Vaccine operations Central Provinces & Berar 1922-1929 - 1922-1929
Year: 1922
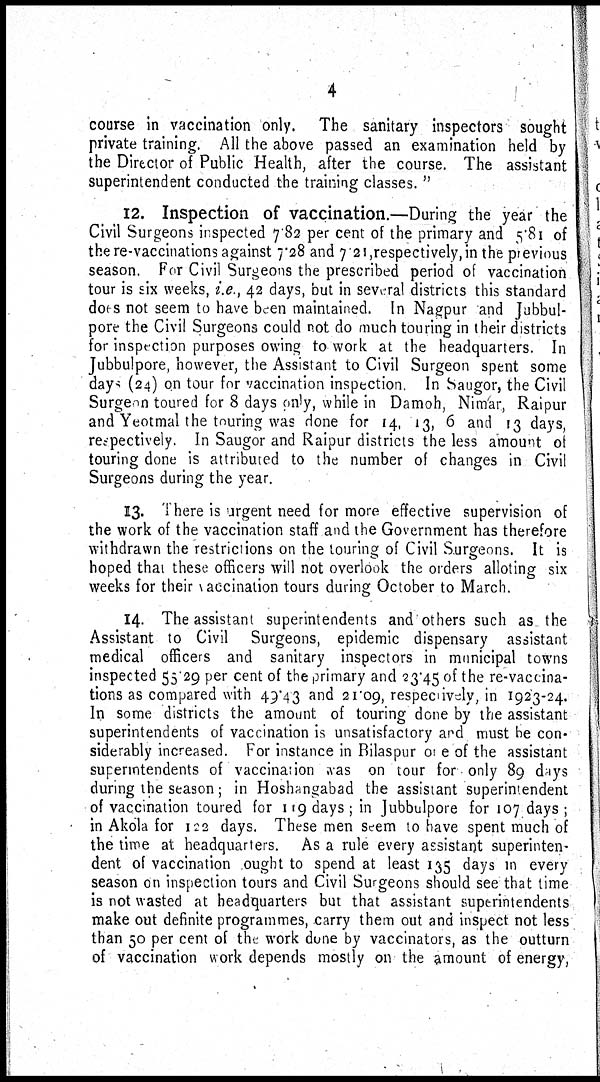
4
course in vaccination only. The sanitary inspectors sought
private training. All the above passed an examination held by
the Director of Public Health, after the course. The assistant
superintendent conducted the training classes."
12. Inspection of vaccination.—During the year the
Civil Surgeons inspected 7.82 per cent of the primary and 5.81 of
the re-vaccinations against 7.28 and 7.21,respectively, in the previous
season. For Civil Surgeons the prescribed period of vaccination
tour is six weeks, i.e., 42 days, but in several districts this standard
does not seem to have been maintained. In Nagpur and Jubbul-
pore the Civil Surgeons could not do much touring in their districts
for inspection purposes owing to work at the headquarters. In
Jubbulpore, however, the Assistant to Civil Surgeon spent some
days (24) on tour for vaccination inspection. In Saugor, the Civil
Surgeon toured for 8 days only, while in Damoh, Nimar, Raipur
and Yeotmal the touring was done for 14, 13, 6 and 13 days,
respectively. In Saugor and Raipur districts the less amount of
touring done is attributed to the number of changes in Civil
Surgeons during the year.
13. There is urgent need for more effective supervision of
the work of the vaccination staff and the Government has therefore
withdrawn the restrictions on the touring of Civil Surgeons. It is
hoped that these officers will not overlook the orders alloting six
weeks for their vaccination tours during October to March.
14. The assistant superintendents and others such as the
Assistant to Civil Surgeons, epidemic dispensary assistant
medical officers and sanitary inspectors in municipal towns
inspected 55.29 per cent of the primary and 23.45 of the re-vaccina-
tions as compared with 49.43 and 21.09, respectively, in 1923-24.
In some districts the amount of touring done by the assistant
superintendents of vaccination is unsatisfactory and must be con-
siderably increased. For instance in Bilaspur one of the assistant
superintendents of vaccination was on tour for only 89 days
during the season; in Hoshangabad the assistant superintendent
of vaccination toured for 119 days ; in Jubbulpore for 107 days ;
in Akola for 122 days. These men seem to have spent much of
the time at headquarters. As a rule every assistant superinten-
dent of vaccination ought to spend at least 135 days in every
season on inspection tours and Civil Surgeons should see that time
is not wasted at headquarters but that assistant superintendents
make out definite programmes, carry them out and inspect not less
than 50 per cent of the work done by vaccinators, as the outturn
of vaccination work depends mostly on the amount of energy,